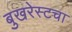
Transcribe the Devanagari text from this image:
बुखरेस्टचा